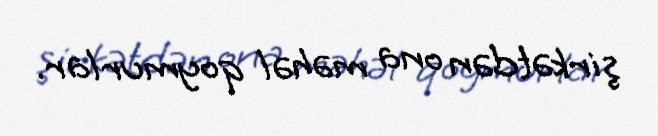
şirkətdən ona məhəl qoymurlar.